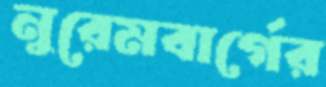
নুরেমবার্গের